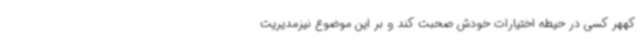
کههر کسی در حیطه اختیارات خودش صحبت کند و بر این موضوع نیزمدیریت